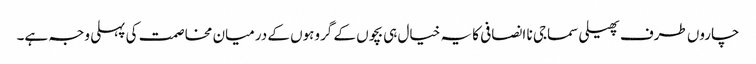
چاروں طرف پھیلی سماجی نا انصافی کا یہ خیال ہی بچوں کے گروہوں کے درمیان مخاصمت کی پہلی وجہ ہے۔